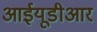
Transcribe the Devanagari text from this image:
आईयूडीआर